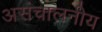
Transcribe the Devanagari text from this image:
असंचालनीय